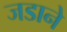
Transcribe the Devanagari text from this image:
जडाने